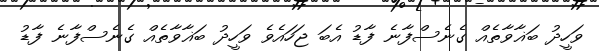
ވަހީދު ބަޣާވާތެއް ގެނެސްފާނެ ފާޑު އެބަ ޖަހައެވެ ވަހީދު ބަޣާވާތެއް ގެނެސްފާނެ ފާޑު